Report on horse surra - Volume I
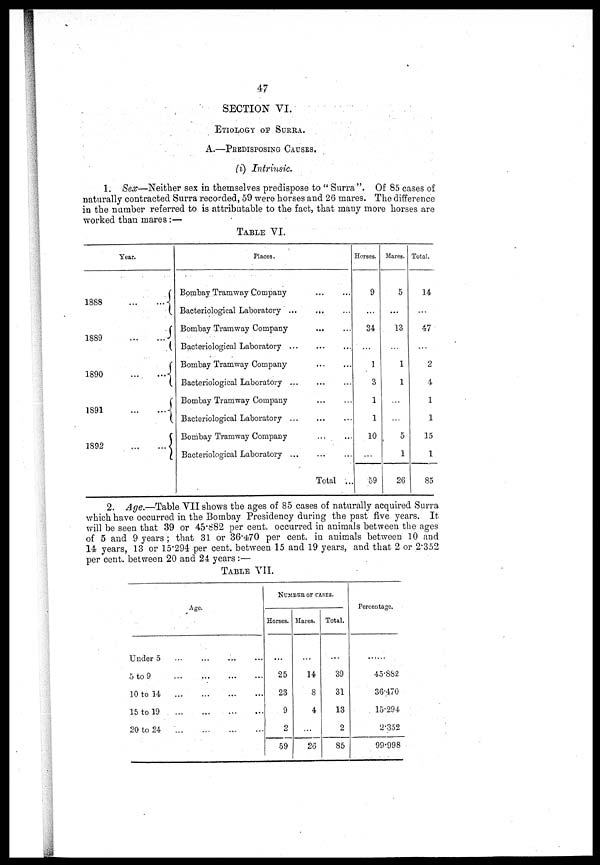
47
SECTION VI.
ETIOLOGY OF SURRA.
A.—PREDISPOSING CAUSES.
(i) Intrinsic.
1. Sex—Neither sex in themselves predispose to " Surra". Of 85 cases of
naturally contracted Surra recorded, 59 were horses and 26 mares. The difference
in the number referred to is attributable to the fact, that many more horses are
worked than mares:—
TABLE VI.
Year.
1888
1889
1890
1891
1892
... {
.... {
{
{
{
Places.
Bombay Tramway Company
Bacteriological Laboratory ...
...
Bombay Tramway Company
Bacteriological Laboratory
Bombay Tramway Company
Bacteriological Laboratory
Bombay Tramway Company
Bacteriological Laboratory
Bombay Tramway Company
Bacteriological Laboratory
Total ..
Horses.
9
...
34
...
1
3
1
1
10
...
59
Mares.
5
...
13
...
1
1
...
...
5
1
26
Total.
14
...
47
...
2
4
1
1
15
1
85
2. Age.—Table VII shows the ages of 85 oases of naturally acquired Surra
which have occurred in the Bombay Presidency during the past five years. It
will be seen that 39 or 45.882 per cent. occurred in animals between the ages
of 5 and 9 years ; that 31 or 36.470 per cent. in animals between 10 and
14 years, 13 or 15.294 per cent. between 15 and 19 years, and that 2 or 2.352
per cent. between 20 and 24 years :—
TABLE VII.
Age.
Under 5
5 to 9
10 to 14
15 to 19
20 to 24
...
...
...
...
...
...
...
...
...
...
...
...
...
...
...
...
...
...
...
...
NUMBER OF CASES.
Horses.
...
25
23
9
2
59
Mares.
...
14
8
4
...
26
Total.
...
39
31
13
2
85
Percentage.
......
45.882
36.470
15.294
2.352
99.998